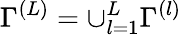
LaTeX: \Gamma^{(L)}=\cup_{l=1}^{L}\Gamma^{(l)}